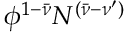
\phi ^ { 1 - \bar { \nu } } N ^ { ( \bar { \nu } - \nu ^ { \prime } ) }